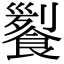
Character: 𩝖